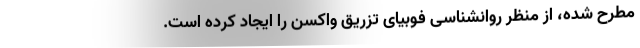
مطرح شده، از منظر روانشناسی فوبیای تزریق واکسن را ایجاد کرده است.